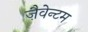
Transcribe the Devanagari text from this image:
ज़ैवेन्टम